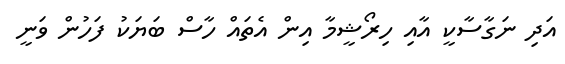
އަދި ނަގާސާކީ އާއި ހިރޯޝީމާ އިން އެތައް ހާސް ބަޔަކު ފަހުން ވަނީ